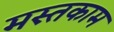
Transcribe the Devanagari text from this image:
मस्तकाम